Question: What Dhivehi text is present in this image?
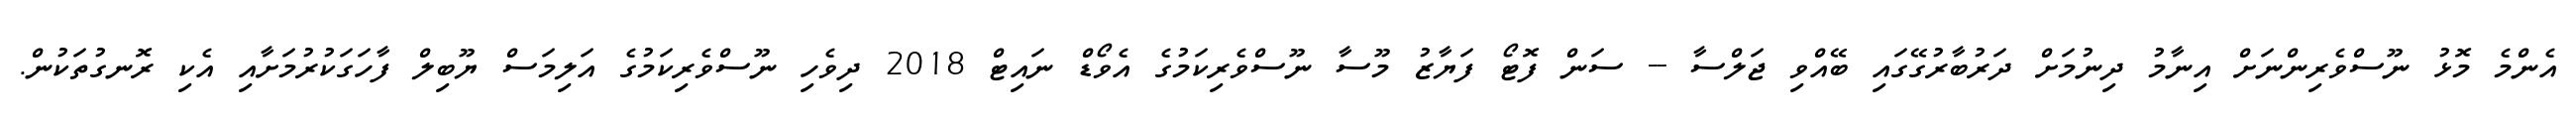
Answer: އެންމެ މޮޅު ނޫސްވެރިންނަށް އިނާމު ދިނުމަށް ދަރުބާރުގޭގައި ބޭއްވި ޖަލްސާ -- ސަން ފޮޓޯ ފަޔާޒު މޫސާ ނޫސްވެރިކަމުގެ އެވޯޑް ނައިޓް 2018 ދިވެހި ނޫސްވެރިކަމުގެ އަލިމަސް ޔޫބިލް ފާހަގަކުރުމަށާއި އެކި ރޮނގުތަކުން.